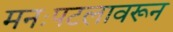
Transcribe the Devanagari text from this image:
मनःपटलावरून